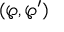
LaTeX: ( \wp , \wp ^ { \prime } )